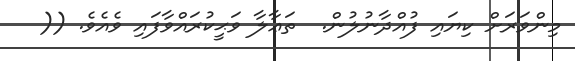
މިންވަރަށް ކިޔައި ފުއްދާނުލުން.  ތަޢާލާ ވަޙީކުރައްވާފައި ވެއެވެ. ((